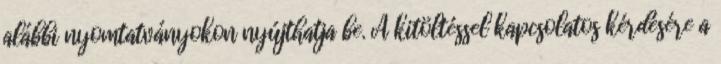
alábbi nyomtatványokon nyújthatja be. A kitöltéssel kapcsolatos kérdésére a